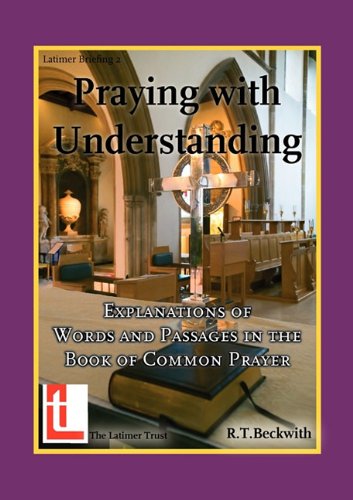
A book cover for Praying with Understanding: Explanations of Words and Passages in the Book of Common Prayer; Roger T. Beckwith; Christian Books & Bibles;